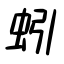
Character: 蚓